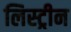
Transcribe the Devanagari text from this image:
लिस्ट्रीन